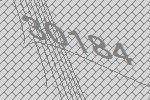
30184